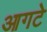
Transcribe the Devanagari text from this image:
आगटे